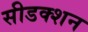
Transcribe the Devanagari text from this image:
सीडक्शन